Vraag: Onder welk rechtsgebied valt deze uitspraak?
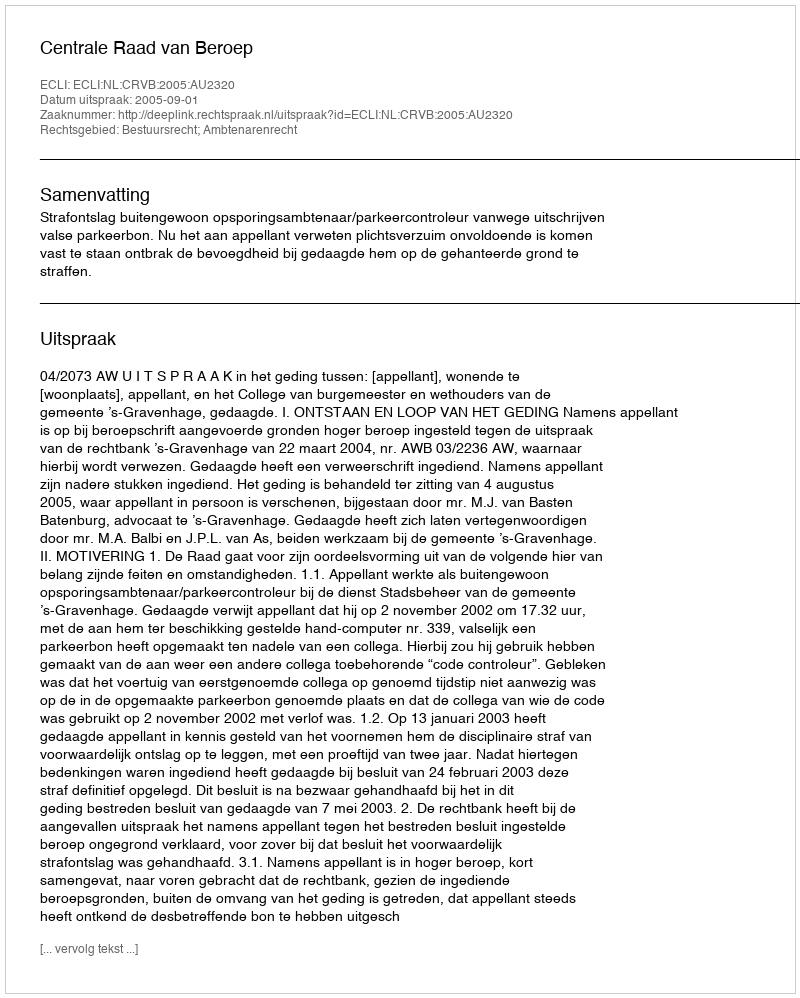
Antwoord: Bestuursrecht; Ambtenarenrecht